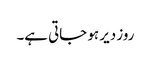
روز دیر ہو جاتی ہے۔